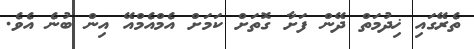
ތެރޭގައި ޚިދުމަތް ދޭން ފަށާ ގޮތަށް ކަމަށް އެމްއެމްއޭ އިން ބުނެ އެވެ.